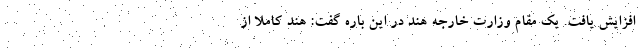
افزایش یافت. یک مقام وزارت خارجه هند در این باره گفت: هند کاملا از